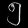
Digit: ၅